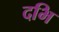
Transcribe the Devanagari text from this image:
दभि